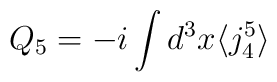
Q_{5}=-i\int d^{3}x \langle j^{5}_{4}\rangle